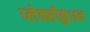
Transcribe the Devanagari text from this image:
प्लेक्सीकुशन